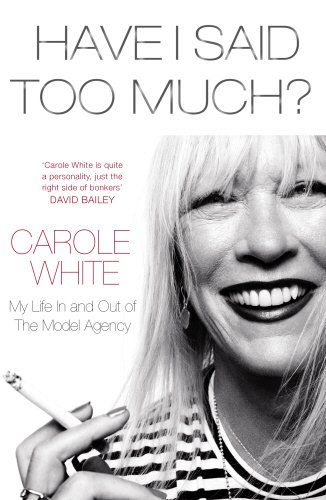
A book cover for Have I Said Too Much?: My Life In and Out of The Model Agency; Carole White; Arts & Photography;